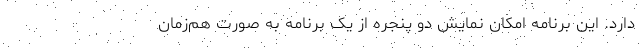
دارد. این برنامه امکان نمایش دو پنجره از یک برنامه به صورت هم‌زمان